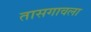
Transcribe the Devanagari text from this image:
तासगावला